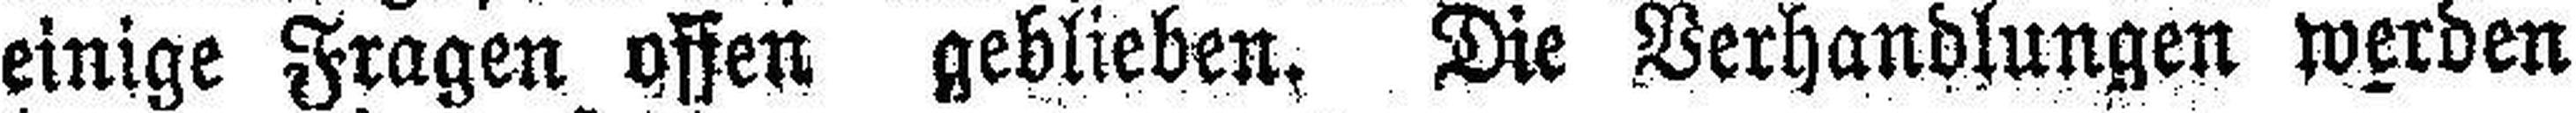
einige Fragen offen geblieben, Die Verhandlungen werden